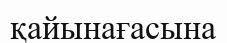
қайынағасына